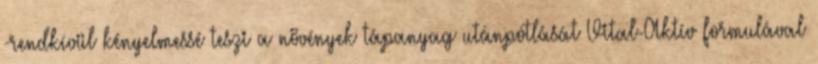
-rendkívül kényelmessé teszi a növények tápanyag utánpótlását Vital-Aktív formulával